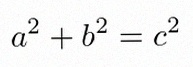
a^2+b^2=c^2